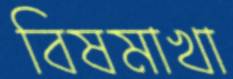
বিষমাখা